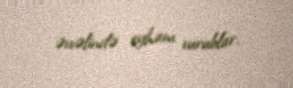
əvvəlində eyham vurublar.